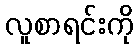
လူစာရင်းကို